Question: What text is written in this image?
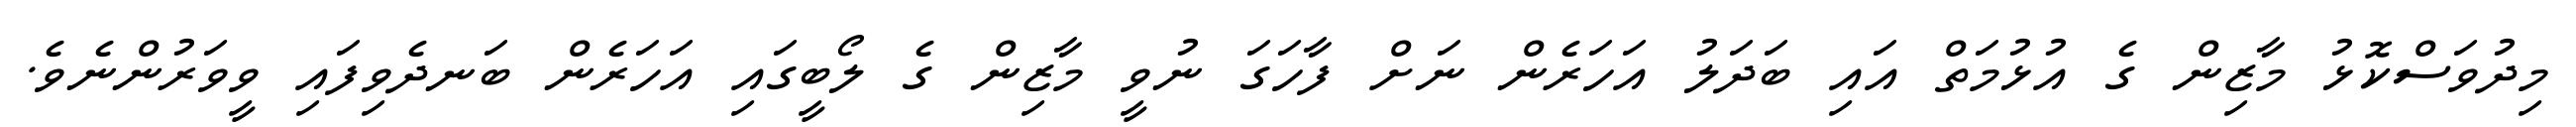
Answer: މިދުވަސްކޮޅު މާޒިން ގެ އުޅުމަތް އައި ބަދަލު އަހަރެން ނަށް ފާހަގަ ނުވީ މާޒިން ގެ ލޯބީގައި އަހަރެން ބަނދެވިފައި ވީވަރުންނެވެ.